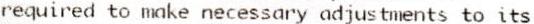
REQUIRED TO MAKE NECESSARY ADJUSTMENTS TO ITS